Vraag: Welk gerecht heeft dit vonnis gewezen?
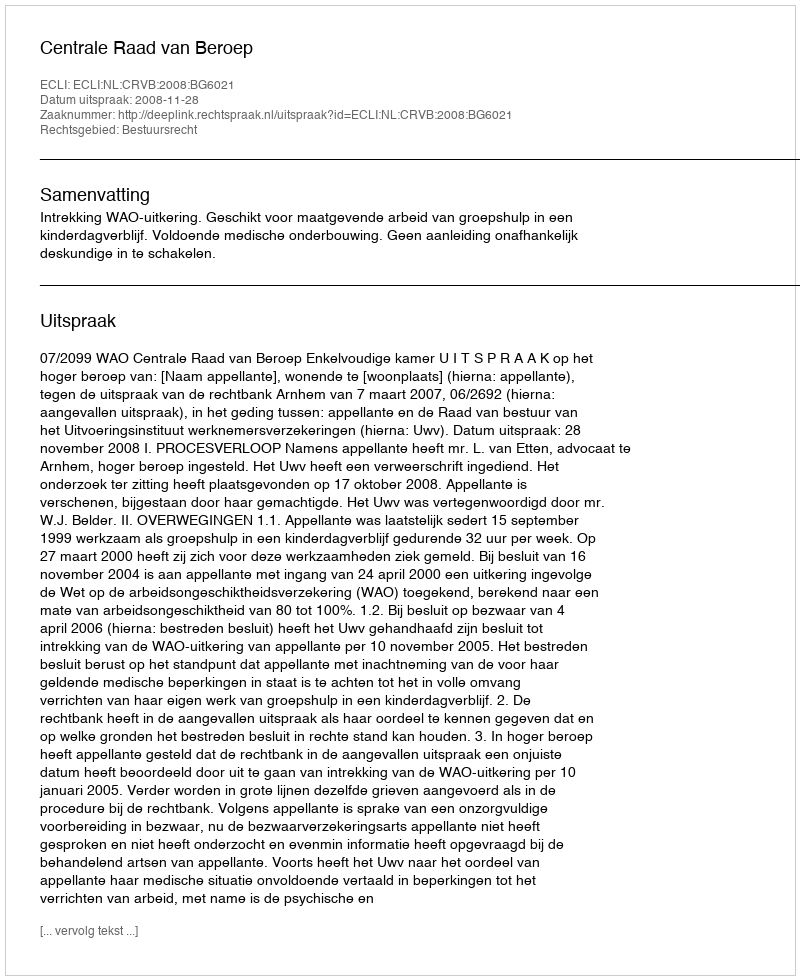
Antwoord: Centrale Raad van Beroep